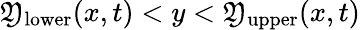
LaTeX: \mathfrak{Y}_{\mathrm{{lower}}}(x,t)<y<\mathfrak{Y}_{\mathrm{{upper}}}(x,t)